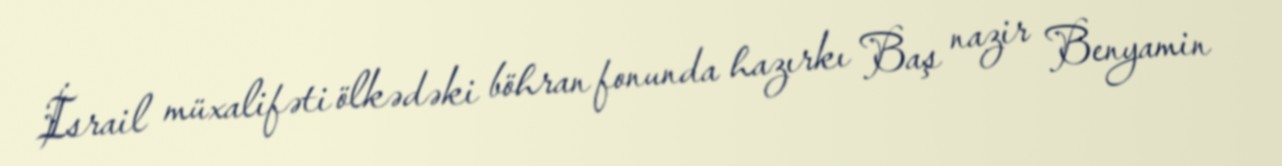
İsrail müxalifəti ölkədəki böhran fonunda hazırkı Baş nazir Benyamin